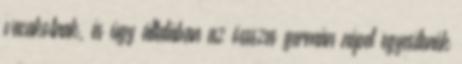
vacakolnak, és úgy általában az össszes germán népet egyesítenék